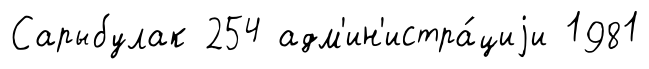
Сарыбулак 254 адм'ин'истра́циjи 1981